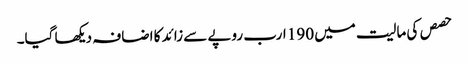
حصص کی مالیت میں 190 ارب روپے سے زائد کا اضافہ دیکھا گیا۔